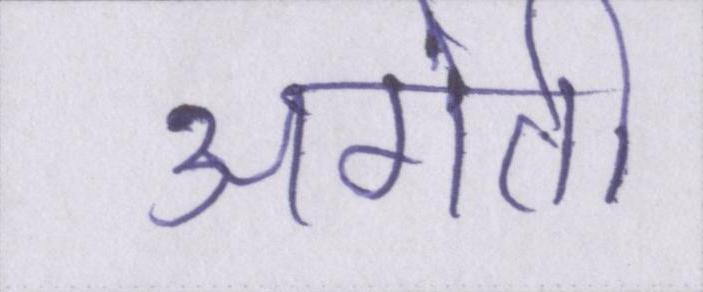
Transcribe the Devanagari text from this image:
अगेती